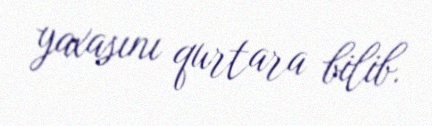
yaxasını qurtara bilib.